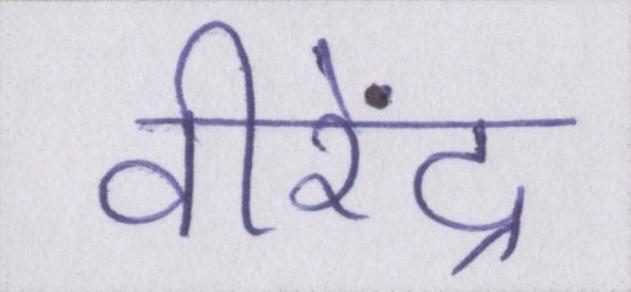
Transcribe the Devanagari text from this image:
वीरेंद्र